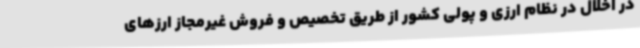
در اخلال در نظام ارزی و پولی کشور از طریق تخصیص و فروش غیرمجاز ارزهای